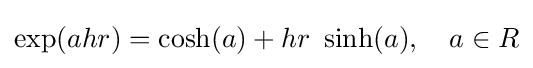
\exp(ahr)=\cosh(a)+hr\ \sinh(a),\quad a\in R